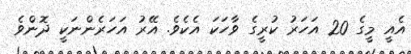
އެއީ މީގެ 20 އަހަރު ކުރީގެ ވާހަކަ އެކެވެ. އޭރު އަހަރެންނަކީ ދޮންވެ